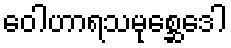
ဝေါဟာရသမုစ္ဆေဒေါ